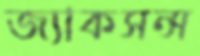
জ্যাকসন্স